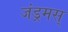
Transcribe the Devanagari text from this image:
जंड्रमस्